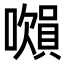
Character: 𧷝